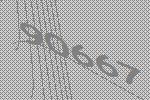
90667